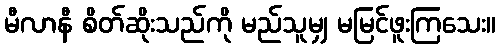
မီလာနီ စိတ်ဆိုးသည်ကို မည်သူမျှ မမြင်ဖူးကြသေး။